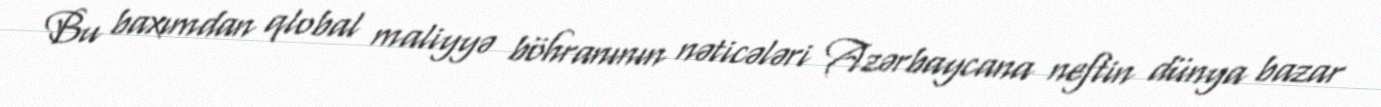
Bu baxımdan qlobal maliyyə böhranının nəticələri Azərbaycana neftin dünya bazar